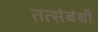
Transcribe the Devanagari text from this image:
तत्संबंधीं